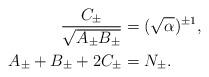
LaTeX: \begin{align*}\frac{C_{\pm}}{\sqrt{A_{\pm}B_{\pm}}}&=(\sqrt{\alpha})^{\pm1},\\A_{\pm}+B_{\pm}+2C_{\pm}&=N_\pm.\end{align*}